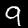
Digit: 9